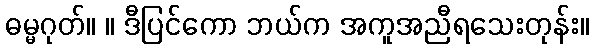
ဓမ္မဂုတ်။ ။ ဒီပြင်ကော ဘယ်က အကူအညီရသေးတုန်း။